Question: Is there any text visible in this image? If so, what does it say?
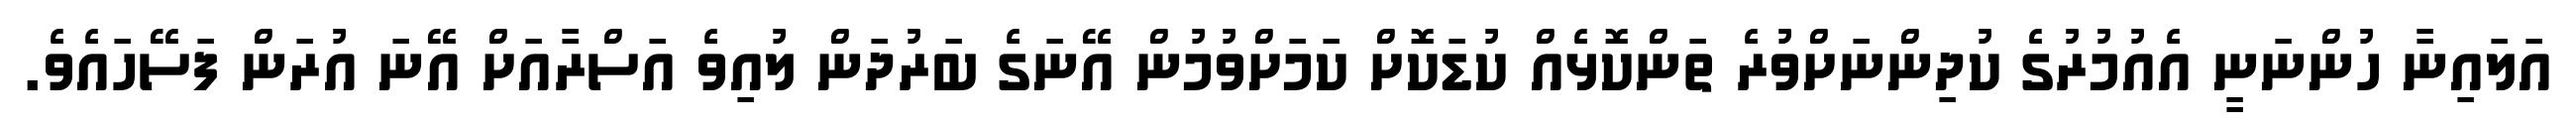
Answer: އަލައިނާ ހުންނަނީ އެއުމުރުގެ ކުދިންނަށްވުރެ ތަންކޮޅެއް ކުޑަކޮށް ކަމަށްވުމުން އޭނަގެ ބަރުދަން ލުއިވެ އަސްރާއަށް އޭނަ އުރަން ފަސޭހައެވެ.